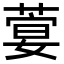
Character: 𦶳